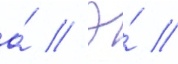
а́ // Э́ //